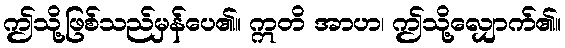
ဤသို့ဖြစ်သည်မှန်ပေ၏။ ဣတိ အာဟ၊ ဤသို့လျှောက်၏။